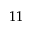
_ { 1 1 }